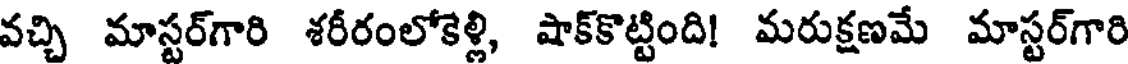
వచ్చి మాస్టర్గారి శరీరంలోకెళ్లి, షాక్కొట్టింది! మరుక్షణమే మాస్టర్గారి